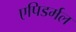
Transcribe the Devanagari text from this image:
एपिडर्मल